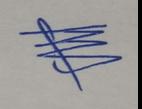
Signature authenticity: genuine